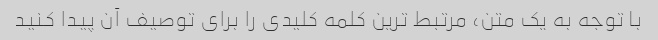
با توجه به یک متن، مرتبط ترین کلمه کلیدی را برای توصیف آن پیدا کنید